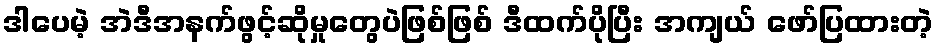
ဒါပေမဲ့ အဲဒီအနက်ဖွင့်ဆိုမှုတွေပဲဖြစ်ဖြစ် ဒီထက်ပိုပြီး အကျယ် ဖော်ပြထားတဲ့